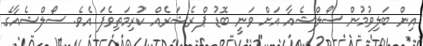
އިން ބަލިވުމުން ސޯލްޝެއާ އަށް ވަނީ ބޮޑު ޕްރެޝަރެއް ކުރިމަތިވެފަ އެވެ. ސޯލްޝެއާގެ